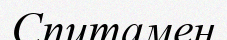
Спитамен